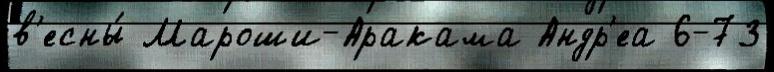
в'есны́ Мароши-Аракама Андр'еа 6-73